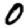
Digit: 0